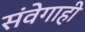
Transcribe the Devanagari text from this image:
संवेगाही